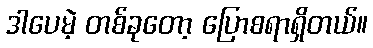
ဒါပေမဲ့ တစ်ခုတော့ ပြောစရာရှိတယ်။